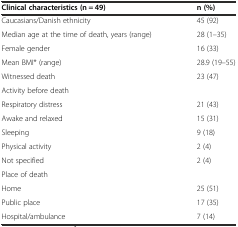
| Clinical characteristics (n = 49) | n (%) |
 | --- | --- |
 | Caucasians/Danish ethnicity | 45 (92) |
 | Median age at the time of death, years (range) | 28 (1–35) |
 | Female gender | 16 (33) |
 | Mean BMI* (range) | 28.9 (19–55) |
 | Witnessed death | 23 (47) |
 | Activity before death |  |
 | Respiratory distress | 21 (43) |
 | Awake and relaxed | 15 (31) |
 | Sleeping | 9 (18) |
 | Physical activity | 2 (4) |
 | Not specified | 2 (4) |
 | Place of death |  |
 | Home | 25 (51) |
 | Public place | 17 (35) |
 | Hospital/ambulance | 7 (14) |